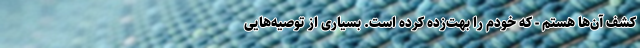
کشف آن‌ها هستم - که خودم را بهت‌زده کرده است. بسیاری از توصیه‌هایی